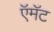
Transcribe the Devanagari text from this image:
ऍमॅट